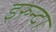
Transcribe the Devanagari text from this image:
इरुन्दा